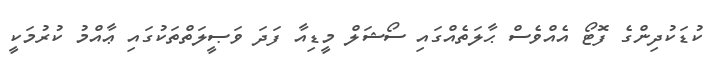
ކުޑަކުދިންގެ ފޮޓޯ އެއްވެސް ޙާލަތެއްގައި ސޯޝަލް މީޑިއާ ފަދަ ވަޞީލަތްތަކުގައި ޢާއްމު ކުރުމަކީ